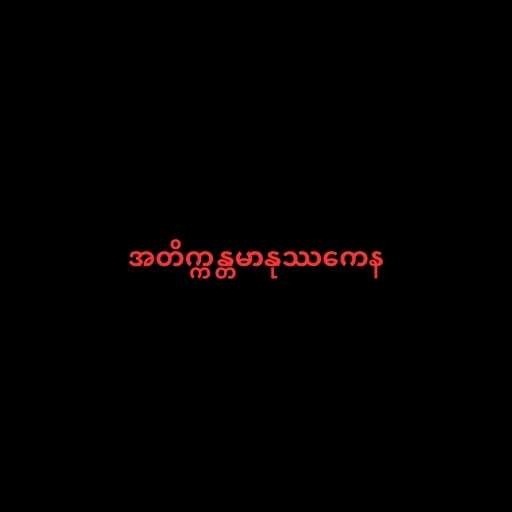
အတိက္ကန္တမာနုဿကေန